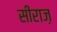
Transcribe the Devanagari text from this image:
सीराज़